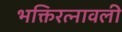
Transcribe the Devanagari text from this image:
भक्तिरत्नावली